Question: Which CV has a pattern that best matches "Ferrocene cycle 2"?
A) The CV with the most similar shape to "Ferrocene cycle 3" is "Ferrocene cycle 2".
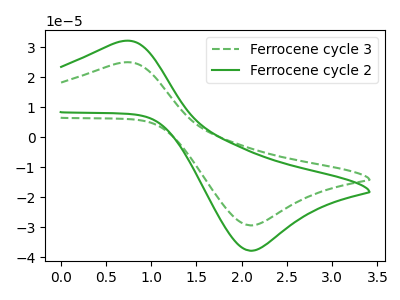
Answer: <think>The green dashed curve "Ferrocene cycle 3" has an anodic peak at (0.70V, 24.85uA) and a cathodic peak at (2.10V, -29.40uA). The green curve "Ferrocene cycle 2" has an anodic peak at (0.70V, 32.00uA) and a cathodic peak at (2.10V, -37.85uA).
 All the peaks in "Ferrocene cycle 3" have a peak in "Ferrocene cycle 2" at the same potential. Every peak in "Ferrocene cycle 3" is lower than every peak in "Ferrocene cycle 2".</think>
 <answer>A) The CV with the most similar shape to "Ferrocene cycle 3" is "Ferrocene cycle 2".</answer>
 <eval>A</eval>